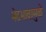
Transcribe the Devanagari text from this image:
भेदभावामुळे